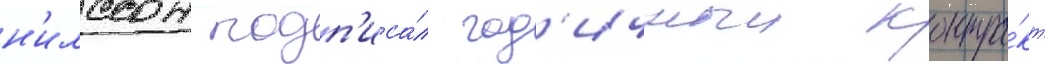
н'илссон подп'иса́л год'ичныи контра́кт